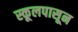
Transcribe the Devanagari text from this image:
स्कूलपासून